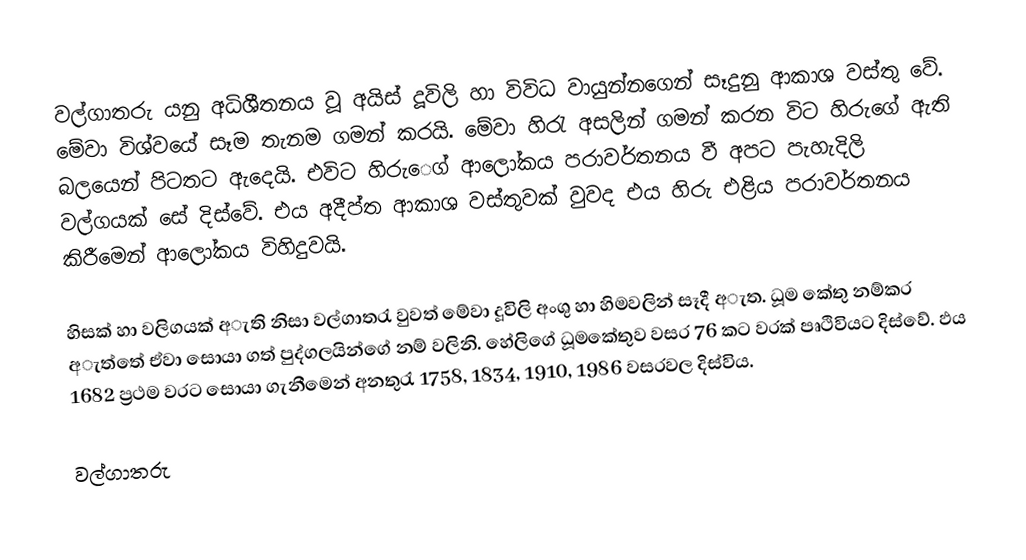
වල්ගාතරු යනු අධිශීතනය වූ අයිස් දූවිලි හා විවිධ වායුන්නගෙන් සෑදුනු ආකාශ වස්තු වේ. මේවා විශ්වයේ සෑම තැනම ගමන් කරයි. මේවා හිරැ අසලින් ගමන් කරන විට හිරුගේ ඇති බලයෙන් පිටතට ඇදෙයි. එවිට හිරුෙග් ආලෝකය පරාවර්තනය වී අපට පැහැදිලි වල්ගයක් සේ දිස්වේ. එය අදීප්ත ආකාශ වස්තුවක් වුවද එය හිරු එළිය පරාවර්තනය කිරීමෙන් ආලෝකය විහිදුවයි.

හිසක් හා වලිගයක් අැති නිසා වල්ගාතරැ වුවත් මේවා දූවිලි අංශු හා හිමවලින් සෑදී අැත. ධූම කේතු නම්කර අැත්තේ ඒවා සොයා ගත් පුද්ගලයින්ගේ නම් වලිනි. හේලිගේ ධූමකේතුව වසර 76 කට වරක් පෘථිවියට දිස්වේ. ඵය 1682 ප්‍රථම වරට සොයා ගැනීමෙන් අනතුරැ 1758, 1834, 1910, 1986 වසරවල දිස්විය.

වල්ගාතරු